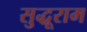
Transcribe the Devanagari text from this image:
सुद्धूराम